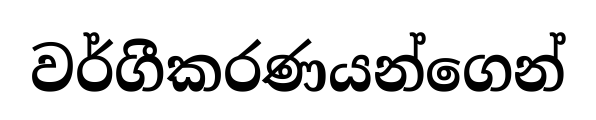
වර්ගීකරණයන්ගෙන්